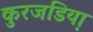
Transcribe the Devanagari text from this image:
कुरजडिया़